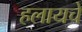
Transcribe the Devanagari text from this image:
हलायचे